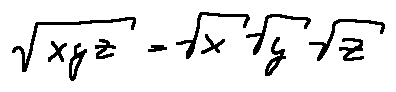
\sqrt { x y z } = \sqrt { x } \sqrt { y } \sqrt { z }